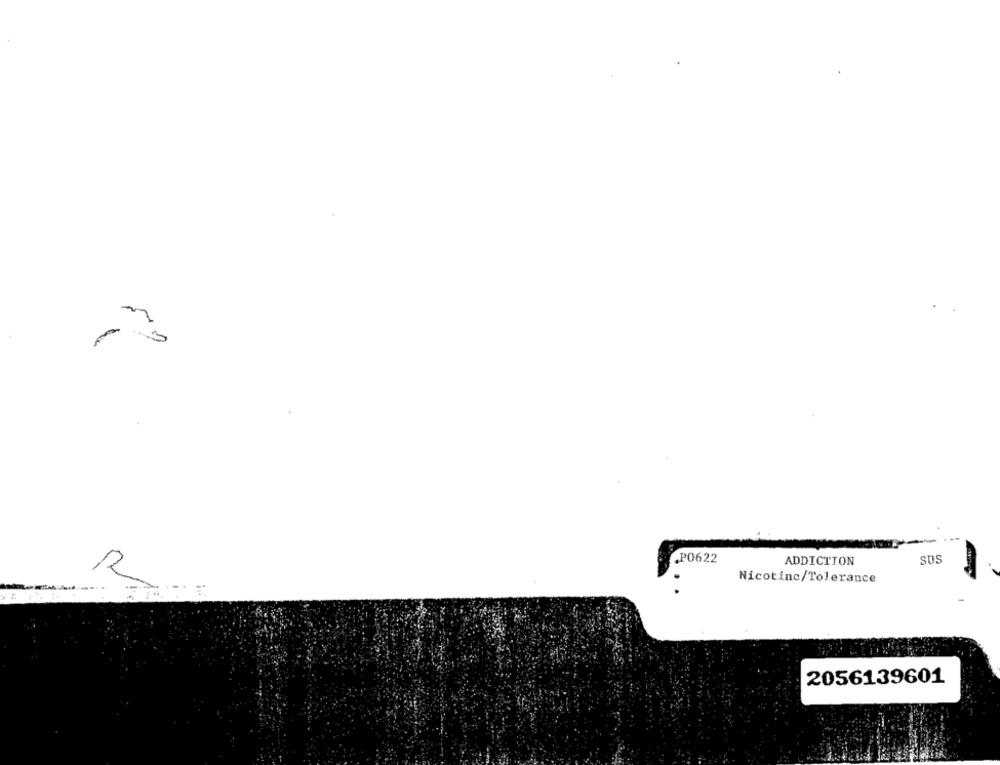
„PO622
SUS
ADDICTION
Nicotinc/Tolerance
2056139601